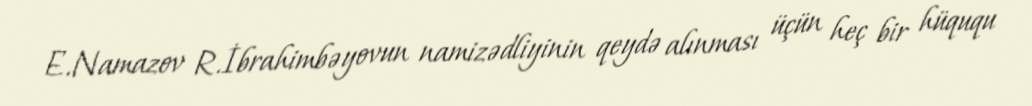
E.Namazov R.İbrahimbəyovun namizədliyinin qeydə alınması üçün heç bir hüququ